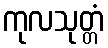
ကုလသုတ္တံ